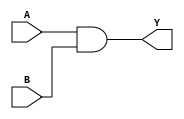

module AND2X1 (A,B,Y);
input A, B;
output Y;
and a1(Y,A,B);
endmodule

module AND2X2 (A,B,Y);
input A, B;
output Y;
and a1(Y,A,B);
endmodule

module AOI21X1 (A,B,C,Y);
input A, B, C;
output Y;
wire y1, y2;

and a1(y1,A,B);
or o1(y2,y1,C);
not n1(Y,y2);
endmodule

module AOI22X1(A,B,C,D,Y);
input A,B,C,D;
output Y;
wire y1,y2,y3;

and a1(y1,A,B);
and a2(y2,C,D);
or o1(y3,y1,y2);
not n1(Y,y3);

endmodule

module BUFX2(A,Y);
input A;
output Y;

buf b1(Y,A);
endmodule

module BUFX4(A,Y);
input A;
output Y;

buf b1(Y,A);
endmodule

module CLKBUFX2(A,Y);
input A;
output Y;

buf b1(Y,A);
endmodule

module CLKBUFX3(A,Y);
input A;
output Y;

buf b1(Y,A);
endmodule

module  DFFSR (D,CLK,S,R,Q);
input D,CLK,S,R;
output Q;
buf b1(Q,D);
endmodule

module DFFNEGX1(D,CLK,Q);
input D,CLK;
output Q;
buf b1(Q,D);
endmodule

module DFFPOSX1(D,CLK,Q);
input D,CLK;
output Q;
buf b1(Q,D);
endmodule

module FAX1(A,B,C,YC,YS);
input A,B,C;
output YC,YS;
wire y1,y2,y3,y4,y5,y6;
and a1(y1,A,B);
and a2(y2,B,C);
and a3(y3,A,C);
or o1(y4,y1,y2);
or o2(YC,y4,y3);

xor x1(y5,A,B);
xor x2(YS,C,y5);
endmodule

module HAX1(A,B,YC,YS);
input A,B;
output YC,YS;
and a1(YC,A,B);
xor x1(YS,A,B);
endmodule

module  INVX1(A,Y);
input A;
output Y;
not n1(Y,A);
endmodule

module  INVX2(A,Y);
input A;
output Y;
not n1(Y,A);
endmodule

module  INVX4(A,Y);
input A;
output Y;
not n1(Y,A);
endmodule

module  INVX8(A,Y);
input A;
output Y;
not n1(Y,A);
endmodule

module LATCH(CLK,D,Q);
input D,CLK;
output Q;
buf b1(Q,D);
endmodule

module MUX2X1(A,B,S,Y);
input A,B,S;
output Y;
wire y1,y2,y3;

and a1(y1,A,S);
not n1(y3,S);
and a2(y2,B,y3);
or o1(Y,y1,y2);
endmodule

module NAND2X1(A,B,Y);
input A,B;
output Y;
nand n2 (Y,A,B);

endmodule

module NAND3X1(A,B,C,Y);
input A,B,C;
output Y;
wire y1,y2;
and a1 (y1,A,B);
and a2(y2,y1,C);
not n1(Y,y2);

endmodule

module NOR2X1(A,B,Y);
input A,B;
output Y;
nor n2 (Y,A,B);

endmodule

module NOR3X1(A,B,C,Y);
input A,B,C;
output Y;
wire y1,y2;
or o1 (y1,A,B);
or o2 (y2,y1,C);
not n1 (Y,y2);

endmodule

module OAI21X1(A,B,C,Y);
input A,B,C;
output Y;
wire y1,y2;

or o1(y1,A,B);
and a1(y2,y1,C);
not n1(Y,y2);

endmodule

module OR2X1(A,B,Y);
input A,B;
output Y;
or o1 (Y,A,B);

endmodule

module OR2X2(A,B,Y);
input A,B;
output Y;
or o1 (Y,A,B);

endmodule

module TBUFX1(A,EN,Y);
input A,EN;
output Y;
not n1(Y,A);

endmodule

module TBUFX2(A,EN,Y);
input A,EN;
output Y;
not n1(Y,A);

endmodule

module XOR2X1(A,B,Y);
input A, B;
output Y;
xor x1(Y,A,B);
endmodule

module XNOR2X1(A,B,Y);
input A, B;
output Y;
wire y1;
xor x1(y1,A,B);
not n1(Y,y1);
endmodule